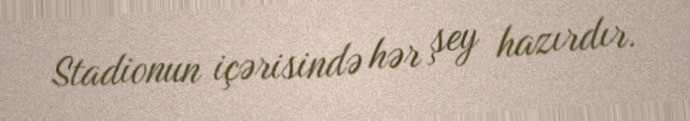
Stadionun içərisində hər şey hazırdır.